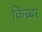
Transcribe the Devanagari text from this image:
किब्‍बर